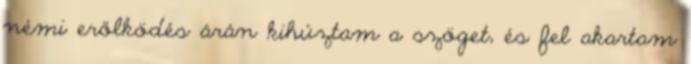
némi erőlködés árán kihúztam a szöget, és fel akartam